Trukikaitis_Postimees, lk 5
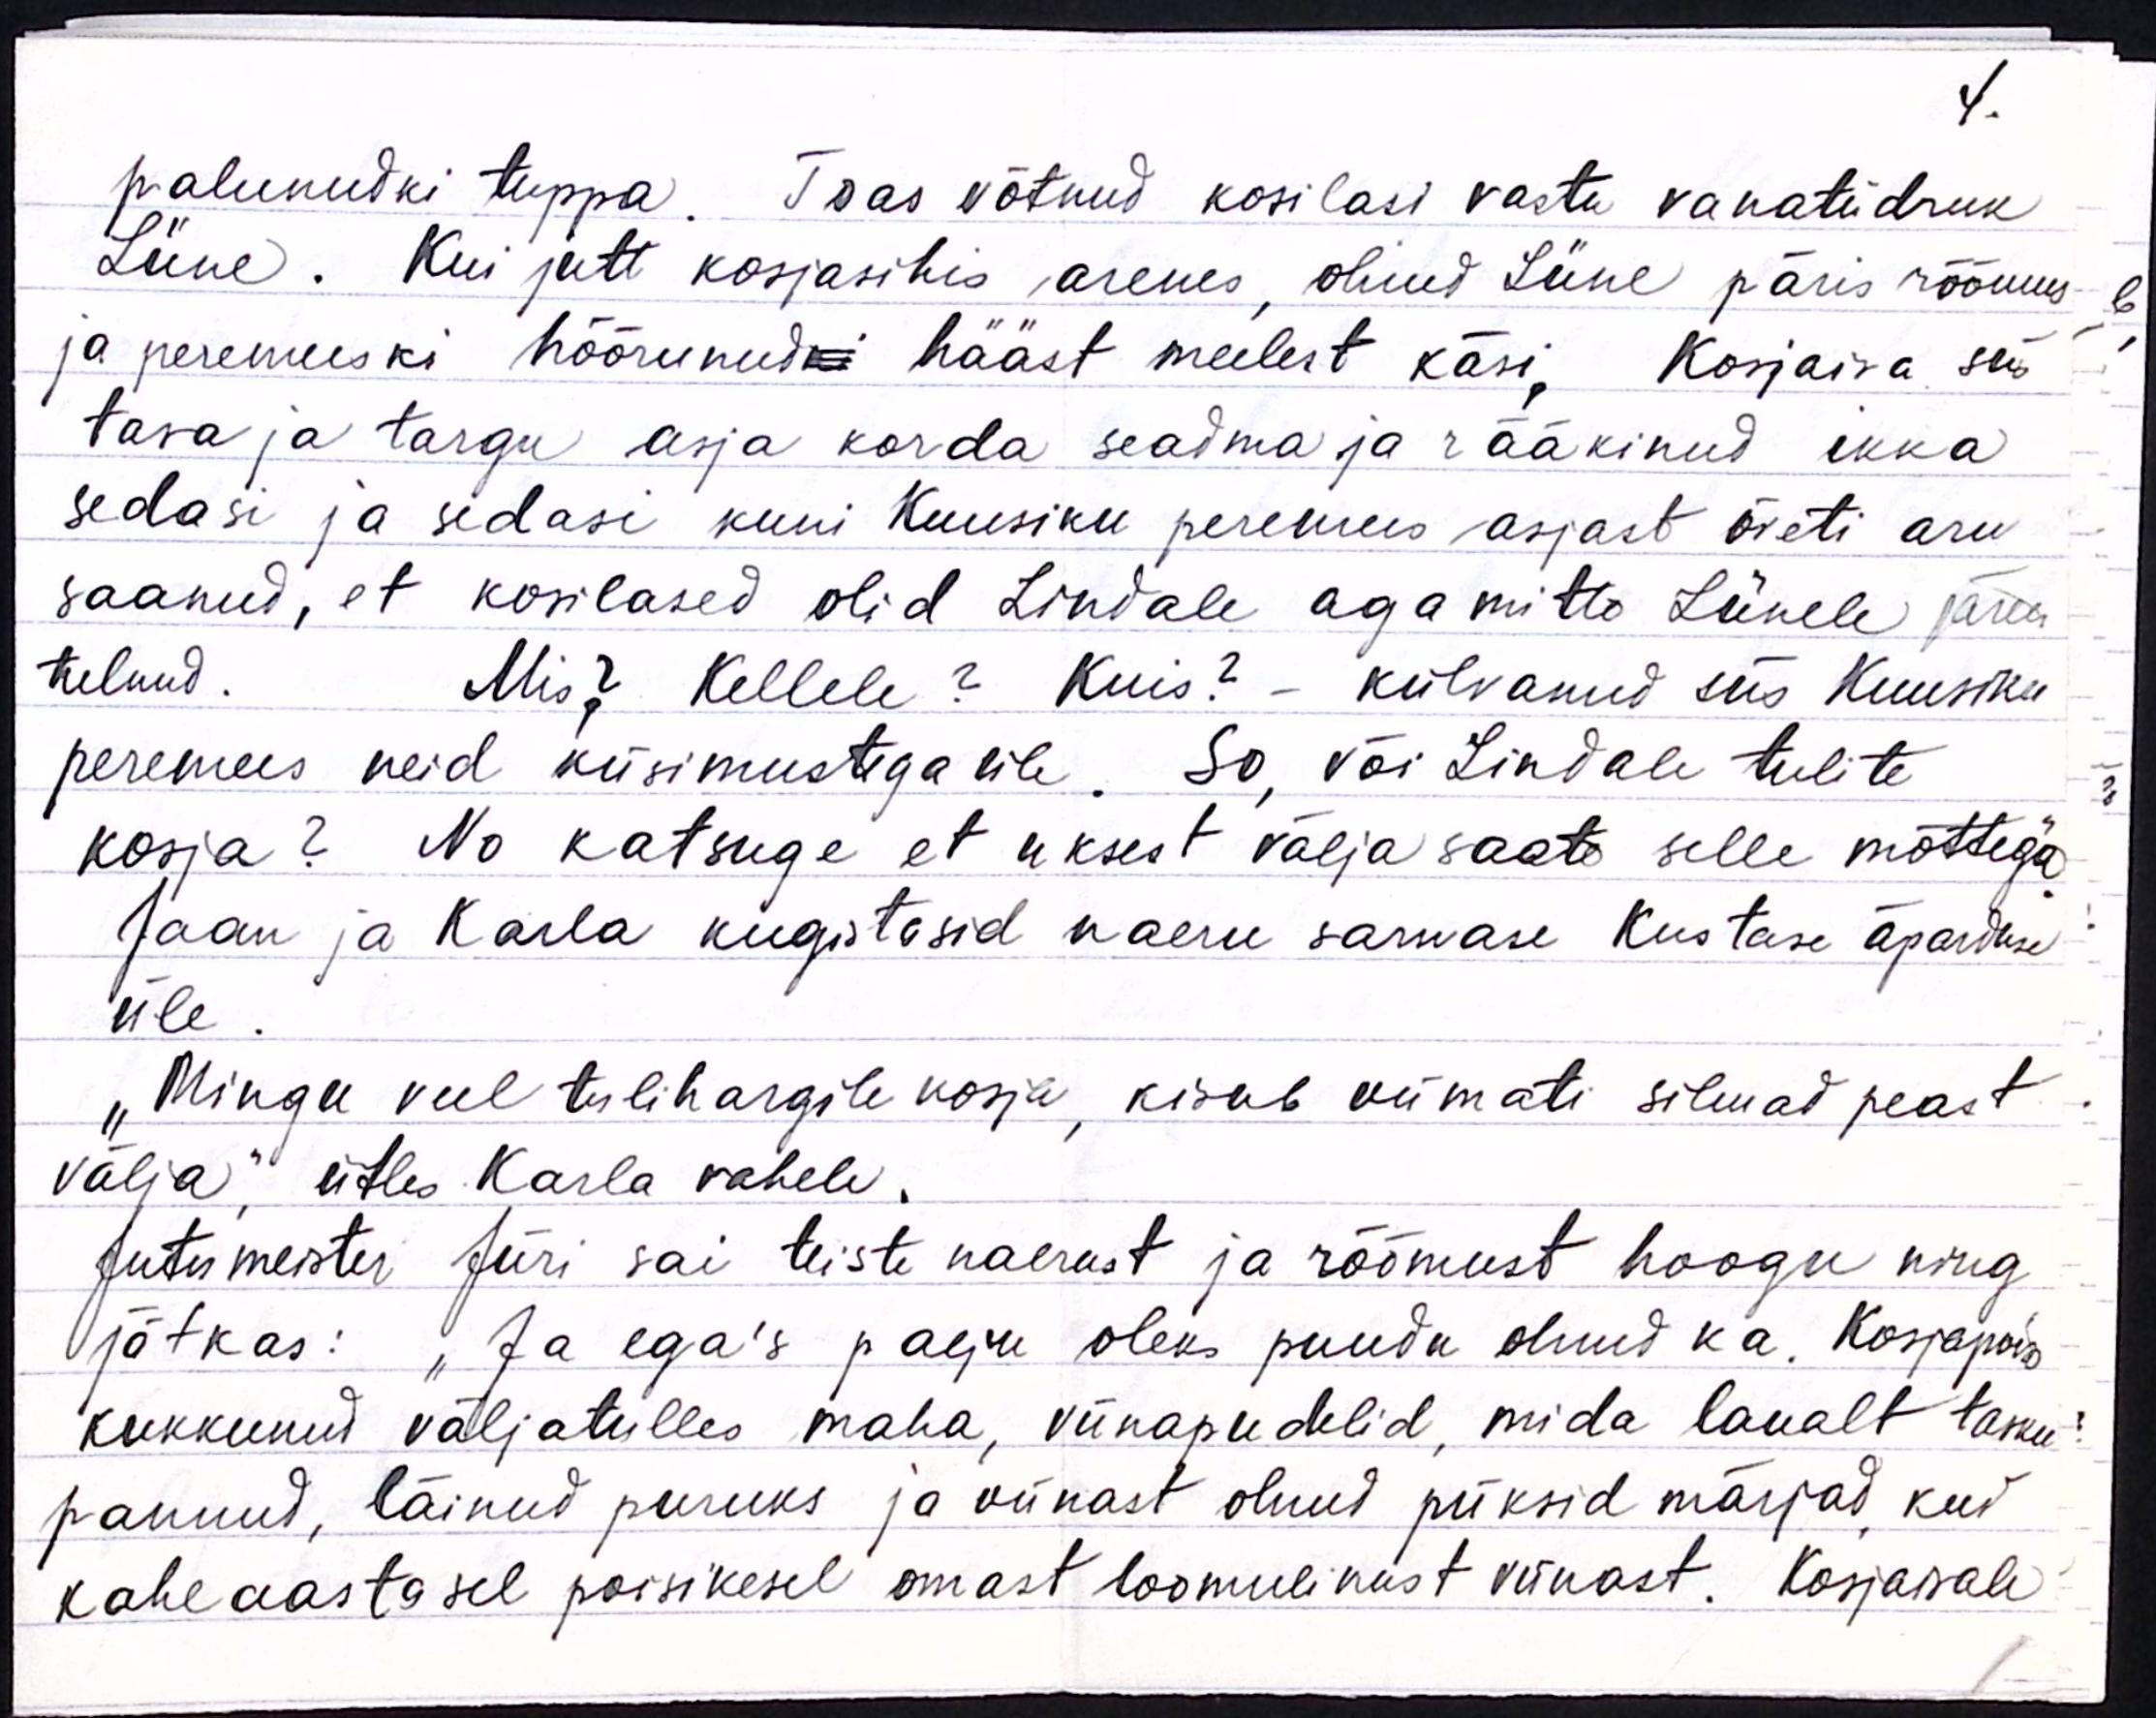
4.

palunudki tuppa. Toas võtnud kosilasi vastu vanatüdruk
Liine. Kui jutt kosjasihis arenes, olnud Liine päris rõõmus
ja peremeeski hõõrunudki hääst meelest käsi. Kosjaiva siis
tasa ja targu asja korda seadma ja rääkinud ikka
sedasi ja sedasi kuni Kuusiku peremees asjast õieti aru
saanud, et kosilased olid Lindale aga mitte Liinele järele
tulnud. Mis? Kellele? Kuis? - külvanud siis Kuusiku
peremees neid küsimustega üle. So, või Lindale tulite
kosja? No katsuge et uksest välja saate selle mõttega
Jaan ja Karla kugistasid naeru sarmase Kustase äparduse
üle.
"Mingu veel tulihargile kosja, kisub viimati silmad peast
välja," ütles Karla vahele.
Jutumeister Jüri sai teiste naerust ja rõõmust hoogu ning
Jätkas: "Ja ega's palju oleks puudu olnud ka. Kosjapoiss
kukkunud väljatulles maha, viinapudelid, mida laualt tasku
pannud, läinud puruks ja viinast olnud püksid märjad, kui
kaheaastasel poisikesel omast loomulikust viinast. Kosjaisale